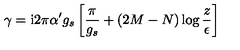
\gamma = \mathrm { i } 2 \pi \alpha ^ { \prime } g _ { s } \left[ \frac { \pi } { g _ { s } } + ( 2 M - N ) \log \frac { z } { \epsilon } \right]